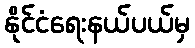
နိုင်ငံရေးနယ်ပယ်မှ